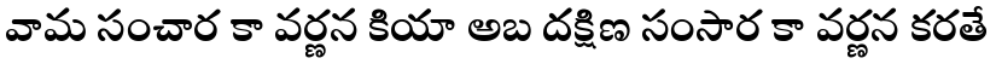
వామ సంచార కా వర్ణన కియా అబ దక్షిణ సంసార కా వర్ణన కరతే